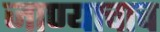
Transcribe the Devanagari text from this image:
जाण्याचाच